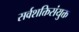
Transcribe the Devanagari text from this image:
सर्वशक्तिसंयुक्त